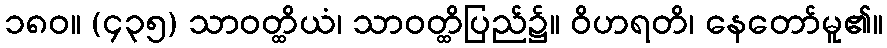
၁၈၀။ (၄၃၅) သာဝတ္ထိယံ၊ သာဝတ္ထိပြည်၌။ ဝိဟရတိ၊ နေတော်မူ၏။